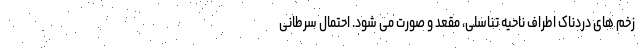
زخم های دردناک اطراف ناحیه تناسلی، مقعد و صورت می شود. احتمال سرطانی